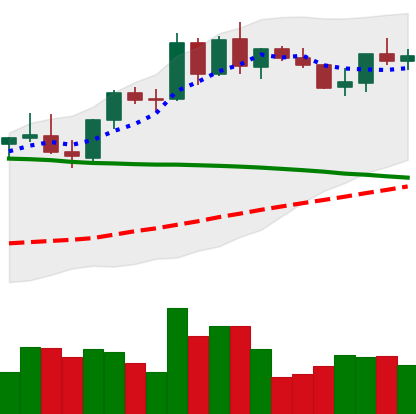
Ticker: BNB-USD
Chart end date: 2021-09-03
Forward return: -15.041%
Label: down_7plus